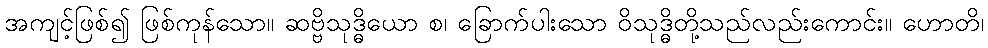
အကျင့်ဖြစ်၍ ဖြစ်ကုန်သော။ ဆဗ္ဗိသုဒ္ဓိယော စ၊ ခြောက်ပါးသော ဝိသုဒ္ဓိတို့သည်လည်းကောင်း။ ဟောတိ၊